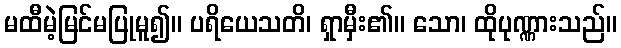
မထီမဲ့မြင်မပြုမူ၍။ ပရိယေသတိ၊ ရှာမှီး၏။ သော၊ ထိုပုဏ္ဏားသည်။